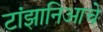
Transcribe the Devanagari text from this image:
टांझानिआचे